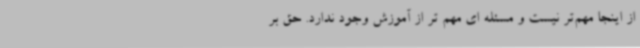
از اینجا مهم‌تر نیست و مسئله ای مهم تر از آموزش وجود ندارد. حق بر